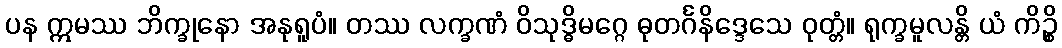
ပန ဣမဿ ဘိက္ခုနော အနုရူပံ။ တဿ လက္ခဏံ ဝိသုဒ္ဓိမဂ္ဂေ ဓုတင်္ဂနိဒ္ဒေသေ ဝုတ္တံ။ ရုက္ခမူလန္တိ ယံ ကိဉ္စိ